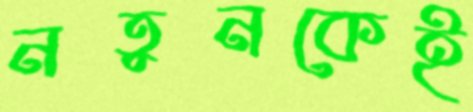
নতুনকেই